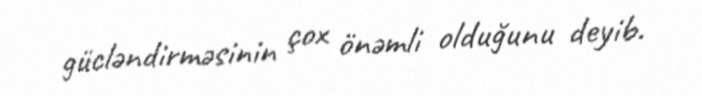
gücləndirməsinin çox önəmli olduğunu deyib.